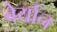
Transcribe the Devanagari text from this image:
बेर्यान